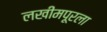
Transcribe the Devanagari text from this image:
लखीमपूरला